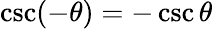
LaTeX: \csc(-\theta)=-\csc\theta